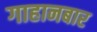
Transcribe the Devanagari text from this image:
गाहानबार